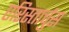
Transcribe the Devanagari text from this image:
एरिस्तार्चुस